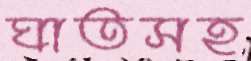
ঘাতসহ